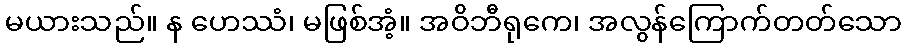
မယားသည်။ န ဟေဿံ၊ မဖြစ်အံ့။ အဝိဘီရုကေ၊ အလွန်ကြောက်တတ်သော